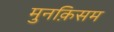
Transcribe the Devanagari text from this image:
मुनक़िसम